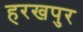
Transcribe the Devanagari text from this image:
हरखपुर